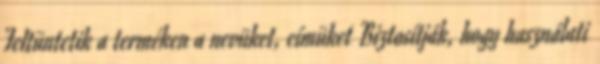
Feltüntetik a terméken a nevüket, címüket Biztosítják, hogy használati